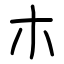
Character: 朩